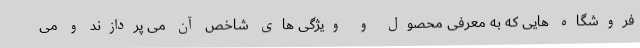
فروشگاه هایی که به معرفی محصول و ویژگی های شاخص آن می پردازند و می